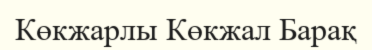
Көкжарлы Көкжал Барақ